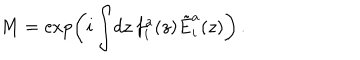
M = \exp \left( i \int \! d z \, f _ { i } ^ { a } ( z ) \tilde { E } _ { i } ^ { a } ( z ) \right) \, .